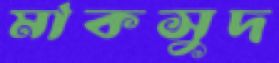
মাকসুদ